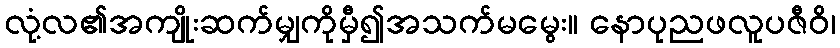
လုံ့လ၏အကျိုးဆက်မျှကိုမှီ၍အသက်မမွေး။ နောပုညဖလူပဇီဝိ၊